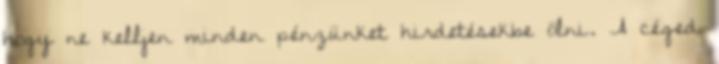
hogy ne kelljen minden pénzünket hirdetésekbe ölni. A céged